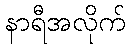
နာရီအလိုက်